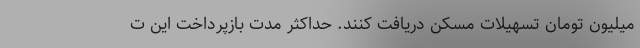
میلیون تومان تسهیلات مسکن دریافت کنند. حداکثر مدت بازپرداخت این ت